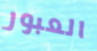
العبور